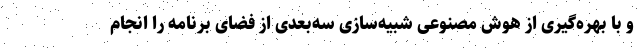
و با بهره‌گیری از هوش مصنوعی شبیه‌سازی سه‌بعدی از فضای برنامه را انجام